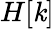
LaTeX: H[\mathit{k}]